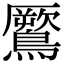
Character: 鷢